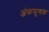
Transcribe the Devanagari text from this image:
अंकसूचक